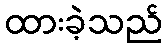
ထားခဲ့သည်